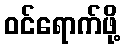
ဝင်ရောက်ဖို့